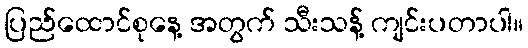
ပြည်ထောင်စုနေ့ အတွက် သီးသန့် ကျင်းပတာပါ။